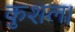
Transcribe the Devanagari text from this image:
कुशल।